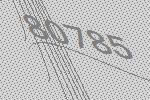
80785